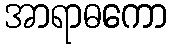
အာရာဓကော